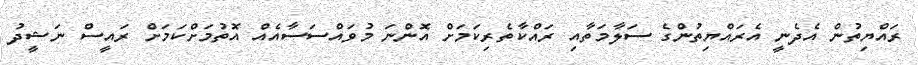
ރައްޔިތުން އެދެނީ އެރައްޔިތުންގެ ސަލާމަތާއި ރައްކާތެރިކަމަށް އޮންނަ މުވައްސަސާއެއް އޮތުމަށްކަމަށް ރައީސް ނަޝީދު